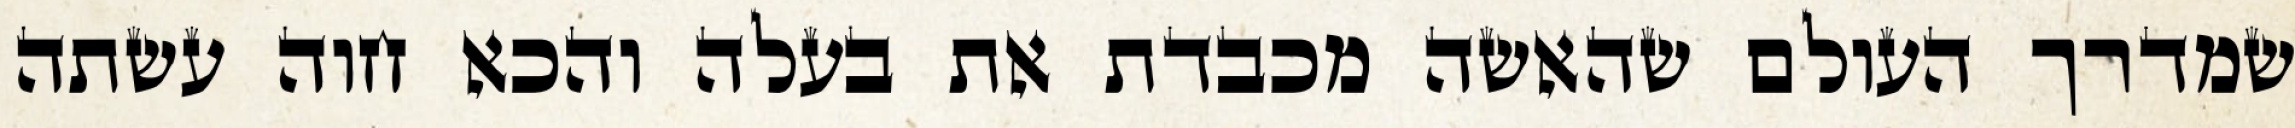
שמדרך העולם שהאשה מכבדת את בעלה והכא חוה עשתה